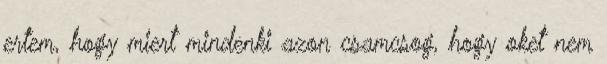
ertem, hogy miert mindenki azon csamcsog, hogy oket nem